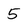
Character: 5